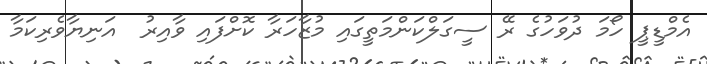
އެމްޑީޕީ ހޯމަ ދުވަހުގެ ރޭ ސީގަލްކަންމަތީގައި މުޒާހަރާ ކޮށްފައި ވާއިރު  އަނިޔާވެރިކަމާ